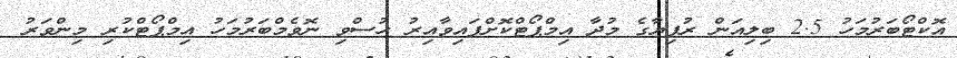
އޮކްޓޯބަރުމަހު 2.5 ބިލިއަން ރުފިޔާގެ މުދާ އިމްޕޯޓްކޮށްފައިވާއިރު ހުސްވި ނޮވެމްބަރުމަހު އިމްޕޯޓްކުރި މިންވަރު